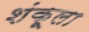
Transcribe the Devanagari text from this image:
शंकूला